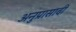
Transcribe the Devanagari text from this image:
अनुप्रासादी